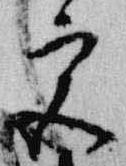
宮